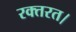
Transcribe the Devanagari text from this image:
रक्तरत।